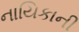
નાયિકાની